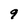
Character: 9